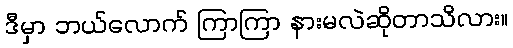
ဒီမှာ ဘယ်လောက် ကြာကြာ နားမလဲဆိုတာသိလား။